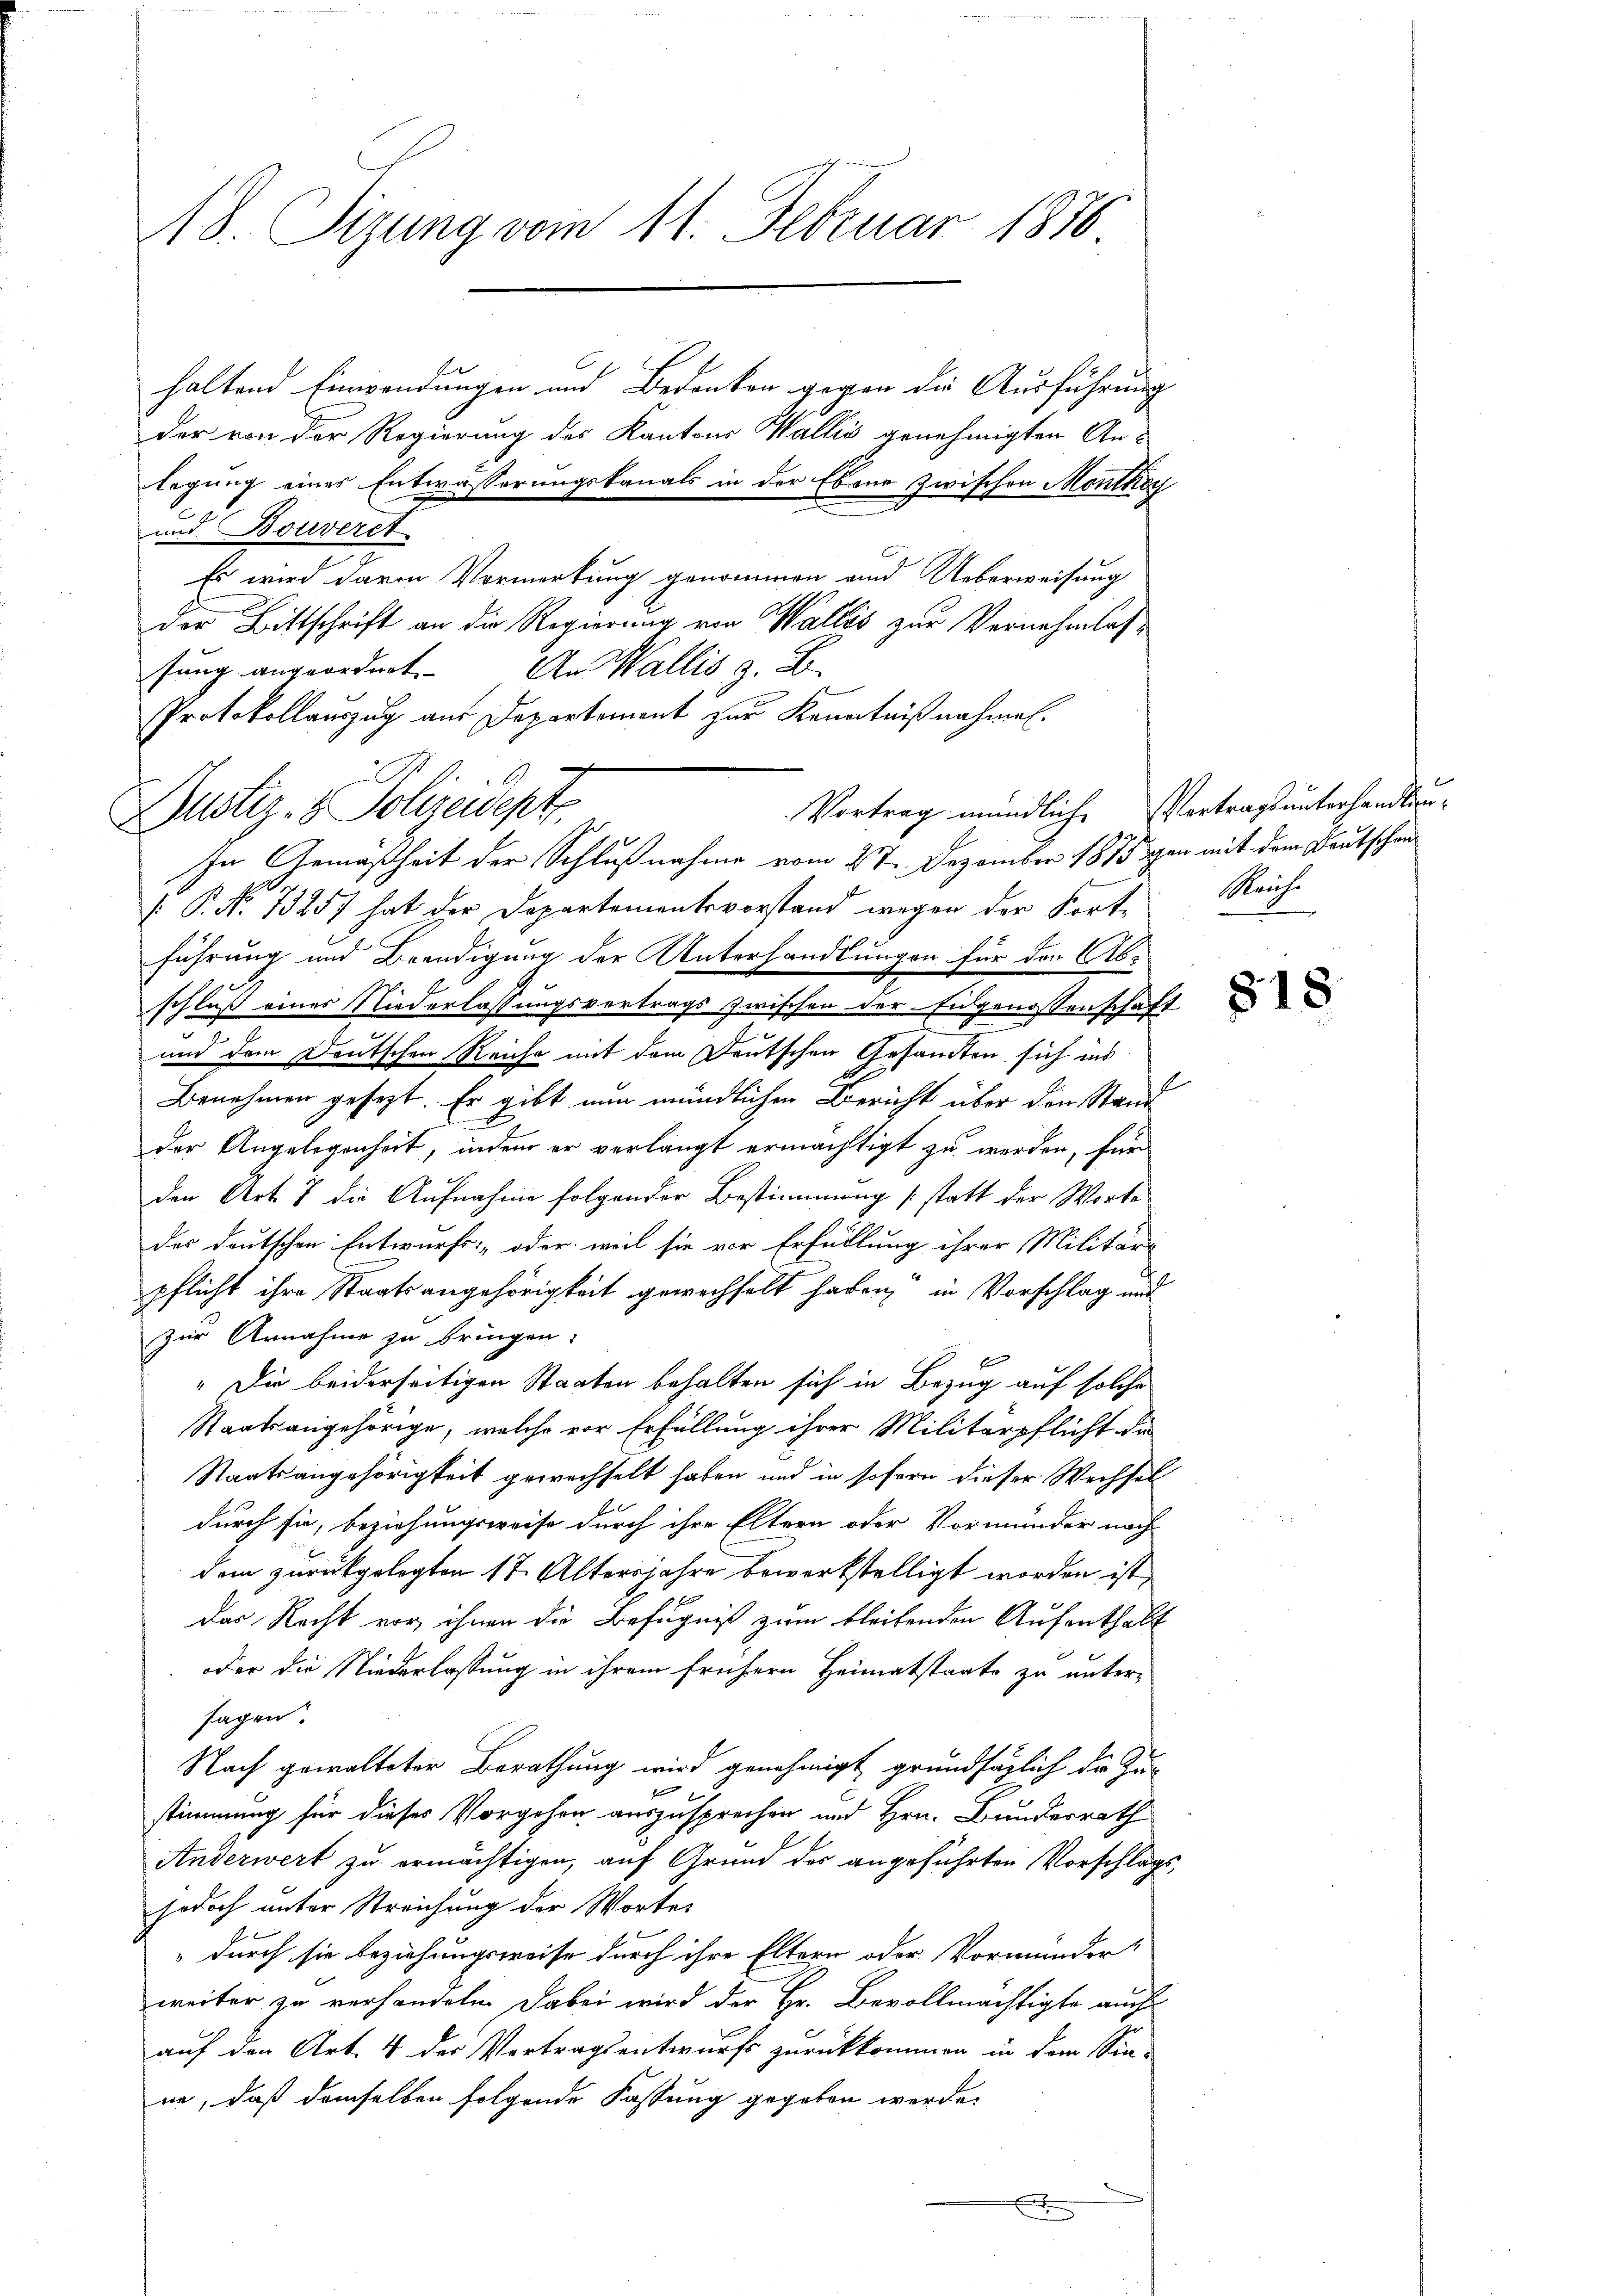
A8. Sizung vom 11. Februar 1876

der von der Regierung des Kantons Wallis genehmigten Anlegung eines Entwässerungskanals in der Ebene zwischen Monthey
und Bouverst
Es wird davon Vormerkung genommen und Ueberweisung
der Bittschrift an die Regierung von Wallis zur Vernehmlassung angeordnet. An Wallis z. B.
.
Protokollauszug aus Departement zur Kenntnißnahmen.
In Gemäßheit der Schlußnahme vom 27. Dezember 1875 an mit dem Deutschen

(P. No 13257 hat der Departementsvorstand wegen der Forte Reiche
führung und Beendigung der Unterhandlungen für den Abschluß einer Niederlassungsvertrags zwischen der Eidgenossenschaft
und dem Deutschen Reiche mit dem Deutschen Gesandten sich ins
Benehmen gesezt. Er gibt nun mündlichen Bericht über den Stand
der Angelegenheit, indem er verlangt ermächtigt zu werden, für
den Art 8 die Aufnahme folgender Bestimmung (statt der Worte
des deutschen Entwurfs- oder weil sie vor Erfüllung ihrer Militärs
pflicht ihre Staatsangehörigkeit gewechselt haben, in Vorschlag und
zur Annahme zu bringen:
" Die beiderseitigen Staaten behalten sich in Bezug auf solche
Staatsangehörige, welche vor Erfüllung ihrer Militärpflicht de
Staatsangehörigkeit gewechselt haben und in sofern dieser Wechsel
durch sie, beziehungsweise durch ihre Eltern oder Vormunder nach-
dem zurückgelegten 17 Altersjahre bewerkstelligt worden ist,
das Recht vor ihnen die Befugniß zum bleibenden Aufenthalt
oder die Niederlassung in ihrem frühern Heimatstaate zu untersagen.
Nach gewalteter Berathung wird genehmigt grundsätzlich der Zu-
stimmung für dieses Vorgehen auszusprechen und Hrn. Bundesrath
Anderwert zu ermächtigen, auf Grund des angeführten Vorschlagsjodoch unter Streichung der Wortes
" durch sie beziehungsweise durch ihre Eltern oder Vormunder
weiter zu verhandeln. Dabei wird der Hr. Bevollmächtigte auch
auf den Art. 4 der Vertragsentwurfs zurückkommen in dem Sin-
ne, daß demselben folgende Fassung gegeben werde.
x

haltend Einwendungen und Bedanken gegen die Ausführung

2
Justiz- & Polizeidept

Vortrag mündliche Vertragsunterhandlun¬

818